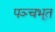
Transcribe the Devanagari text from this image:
पञ्चभूत